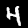
Label: 4